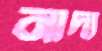
নাদ্য